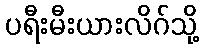
ပရီးမီးယားလိဂ်သို့